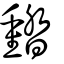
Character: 濌